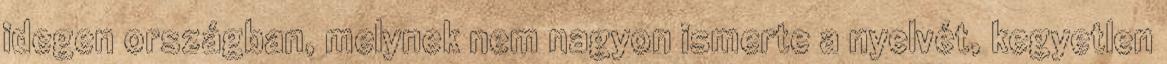
idegen országban, melynek nem nagyon ismerte a nyelvét, kegyetlen